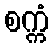
စက္ကံ